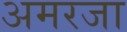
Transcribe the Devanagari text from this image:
अमरजा